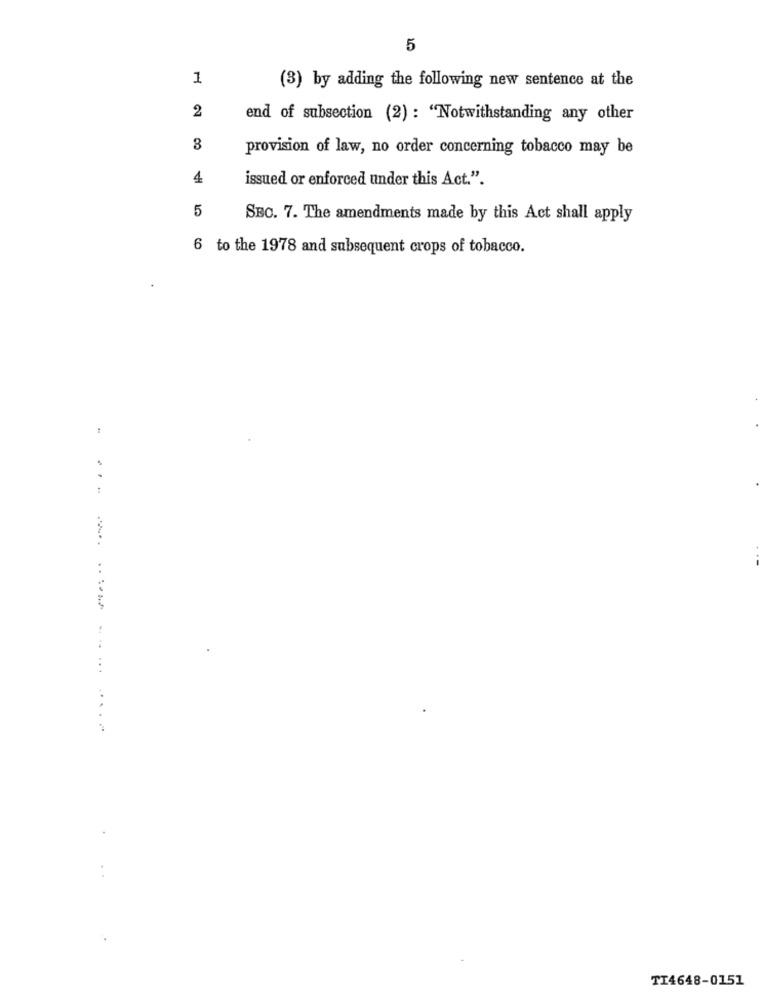
5
1
(3) by adding the following new sentence at the
2
end of subsection (2) : "Notwithstanding any other
3
provision of law, no order concerning tobacco may be
4
issued or enforced under this Act.".
5
SBC. 7. The amendments made by this Act shall apply
6 to the 1978 and subsequent crops of tobacco.
TI4648-0151